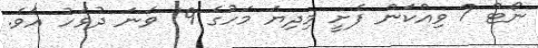
ނޯޓް 7 ވިއްކަން ފެށީ މިދިޔަ މަހުގެ 19 ވަނަ ދުވަހު އެވެ.